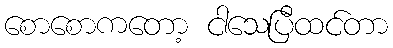
စောစောကတော့ ငါသေပြီထင်တာ